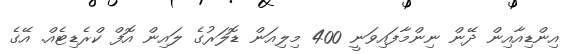
އިންޑިއާއިން ދޭން ނިންމާފައިވަނީ 400 މިލިއަން ޑޮލަރުގެ ލައިން އޮފް ކްރެޑިޓެއް. އޭގެ